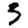
Digit: 3